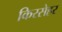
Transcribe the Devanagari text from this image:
किरसेहर